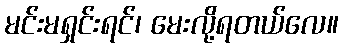
မင်းမရှင်းရင်၊ မေးလို့ရတယ်လေ။